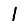
Digit: 1